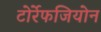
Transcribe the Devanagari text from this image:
टोर्रेफजियोन